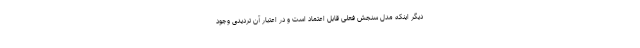
دیگر اینکه مدل سنجش فعلی قابل اعتماد است و در اعتبار آن تردیدی وجود